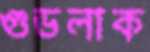
গুডলাক